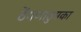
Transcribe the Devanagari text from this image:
ठेंगणाठुमका